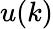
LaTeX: u(k)